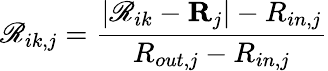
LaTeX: \mathscr{R}_{ik,j}=\frac{{\lvert\mathbf{{\mathscr{R}}}_{ik}-\mathbf{{R}}_{j}\rvert-R_{in,j}}}{{R_{out,j}-R_{in,j}}}